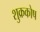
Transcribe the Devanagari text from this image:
शुक्रकोष